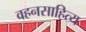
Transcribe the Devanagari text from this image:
वहनसाहित्य